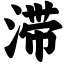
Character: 滞